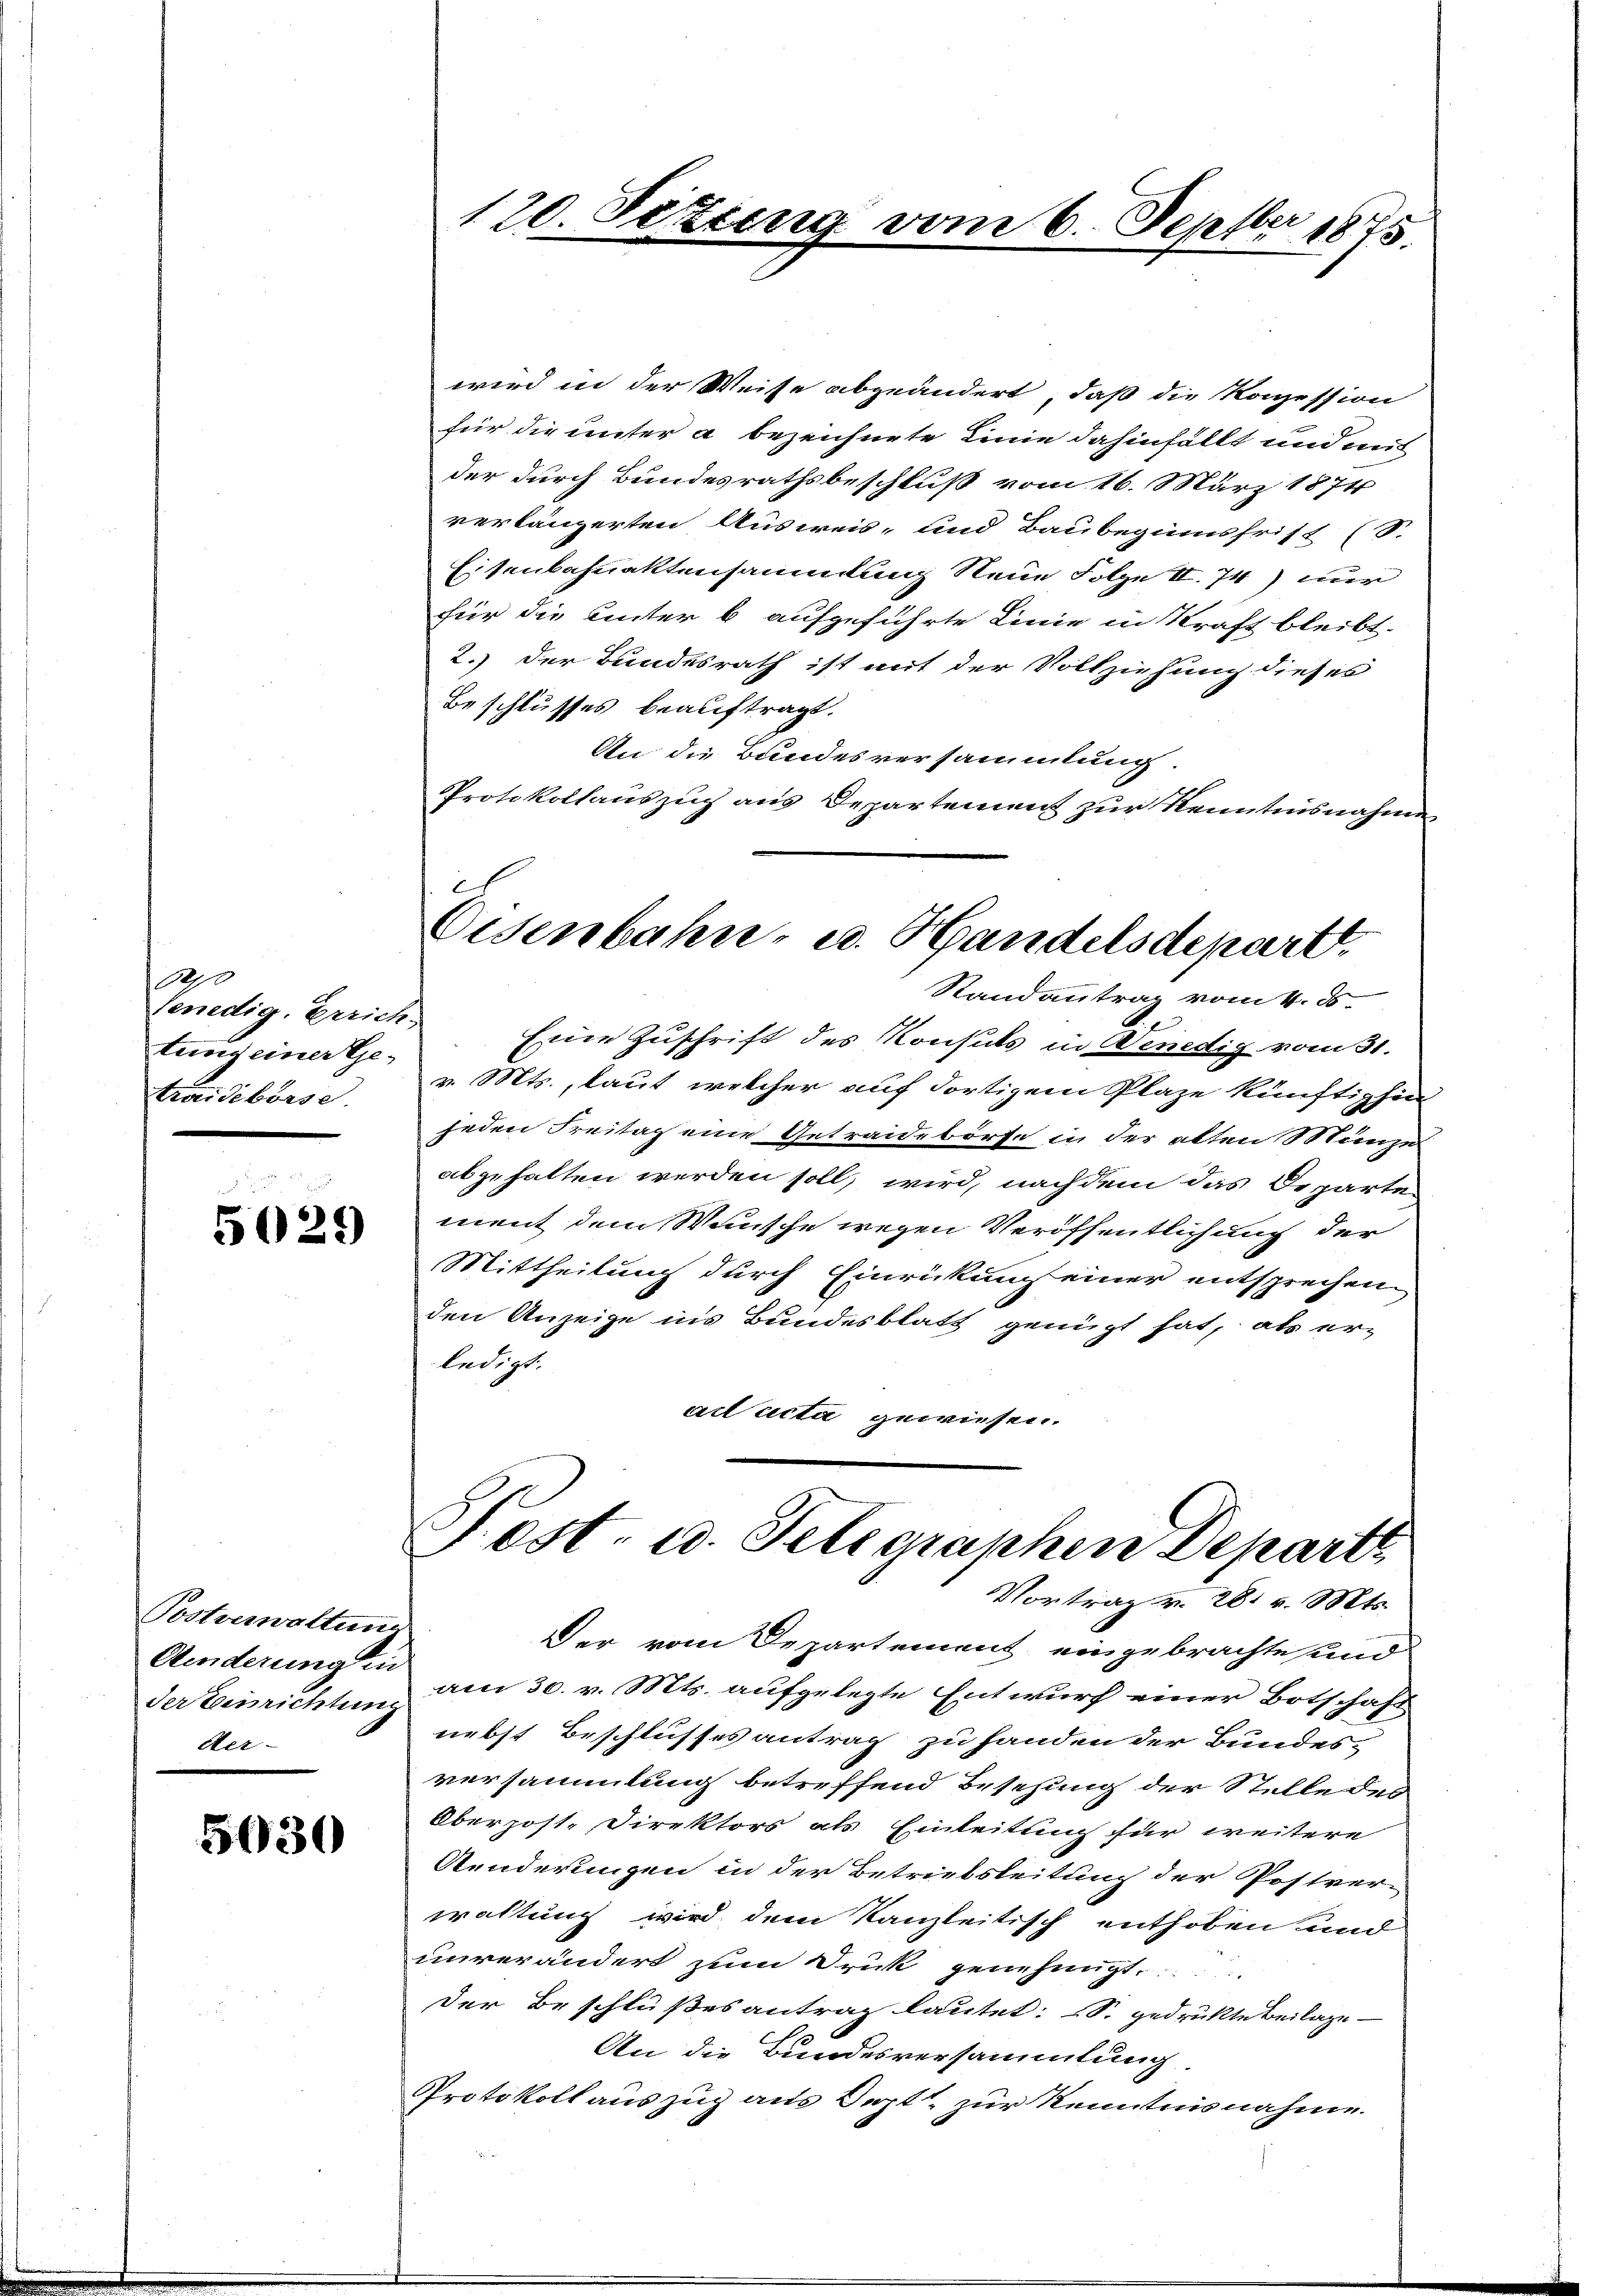
0000
Venedig, Errich-
tung einer Getraidebörse

5029

Postverwaltung
Kinderung in
der Einrichtung
Aer-

5030

120. Se

wird in der Weise abgeändert, daß die Konzession
für die unter a bezeichnete Linie dahinfällt und aus
der durch Bundesrathsbeschluß vom 16. März 1874
verlängerten Ausweis- und Baubeginnsfrist (S.
Eisenbahnaktensammlung Neue Folge II. 74) nur
für die unter b. aufgeführte Linie in Kraft bleibt.
2.) Der Bundesrath ist mit der Vollziehung dieses
Beschlusses beauftragt.
An die Bundesversammlung
Protokollauszug aus Departement zur Kenntnisnahme
Eisenbahn- u. Handelsdepart.
Randantrag vom 4. ds.
Eine Zuschrift des Konsuls in Venedig vom 31.
v. Mts., laut welcher auf dortigem Plaze künftighin
jeden Freitag eine Getraidebörse in der alten Münzes
abgehalten werden soll, wird, nachdem das Departe
ment dem Wunsche wegen Veröffentlichung der
Mittheilung durch Einrückung einer entsprechen
den Anzeige ins Bundesblatt genügt hat, als er-
ledigt.
ad acta gewiesen.

u

terig vom 6. Septber 1875.

Der vom Departement eingebrachte und
am 30. v. Mts. aufgelegte Entwurf einer Botschaft
nebst Beschlusses antrag zu handen der Bundes-
versammlung betreffend Besetzung der Stelle des
Oberpost-Direktors als Einleitung für weitere
Aenderungen in der Betriebsleitung der Postver-
waltung wird dem Kanzleitisch enthoben und
unverändert zum Druk genehmigt.
Der Beschlußes antrag lautet: So gedrukte Beilage
An die Bundesversammlung
Protokoll auszug aus Sept, zur Kenntnisnahme.
e

Post- u. Telegraphen Depart
Vortrag v. 28. v. Mts.